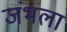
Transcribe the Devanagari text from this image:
जंभला